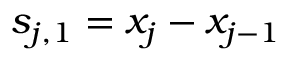
s _ { j , 1 } = x _ { j } - x _ { j - 1 }